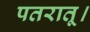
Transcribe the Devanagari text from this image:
पतरातू।